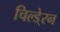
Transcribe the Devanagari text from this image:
चिल्डे्रन